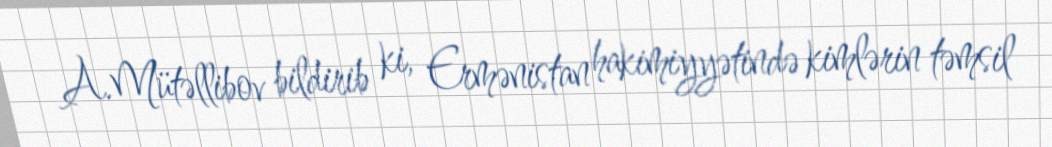
A.Mütəllibov bildirib ki, Ermənistan hakimiyyətində kimlərin təmsil